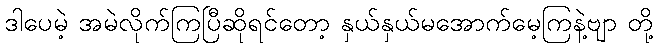
ဒါပေမဲ့ အမဲလိုက်ကြပြီဆိုရင်တော့ နှယ်နှယ်မအောက်မေ့ကြနဲ့ဗျာ တို့